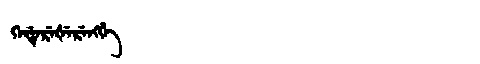
Manchu: ᡴᡝᡩᡝᡵᡝᡧᡝᡵᡝᠩᡤᡝ
Romanization: KEDEREŠERENGGE